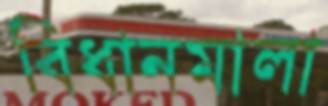
বিধানমালা